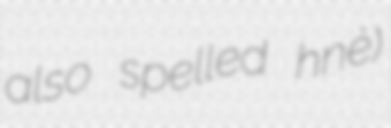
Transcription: also spelled hnè)